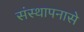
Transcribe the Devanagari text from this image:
संस्थापनासे